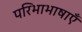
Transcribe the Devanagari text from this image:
परिभाभाषाएँ